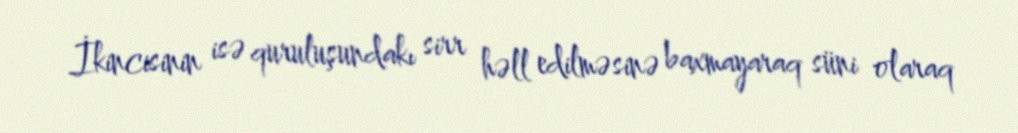
İkincisinin isə quruluşundakı sirr həll edilməsinə baxmayaraq süni olaraq